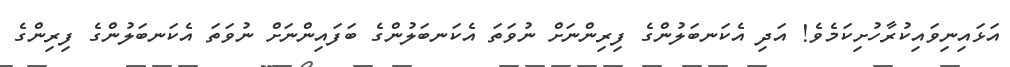
އަޅައިނިވައިކުރާހުށިކަމެވެ! އަދި އެކަނބަލުންގެ ފިރިންނަށް ނުވަތަ އެކަނބަލުންގެ ބަފައިންނަށް ނުވަތަ އެކަނބަލުންގެ ފިރިންގެ